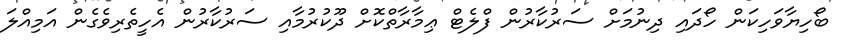
ބޯހިޔާވަހިކަން ހޯދައި ދިނުމަށް ސަރުކާރުން ފްލެޓް ޢިމާރާތްކޮށް ދޫކުރުމާއި ސަރުކާރުން އެހީތެރިވެގެން އަމިއްލަ